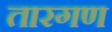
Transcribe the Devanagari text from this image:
तारगण